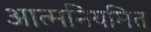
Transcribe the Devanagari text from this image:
आत्मनियमित